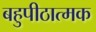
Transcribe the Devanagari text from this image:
बहुपीठात्मक